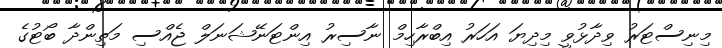
މިނިސްޓަރު ވިދާޅުވީ މިދިޔަ އަހަރު އިބްރާހިމް ނާސިރު އިންޓަނޭޝަނަލް ޖެއްސި މަތިންދާ ބޯޓުގެ